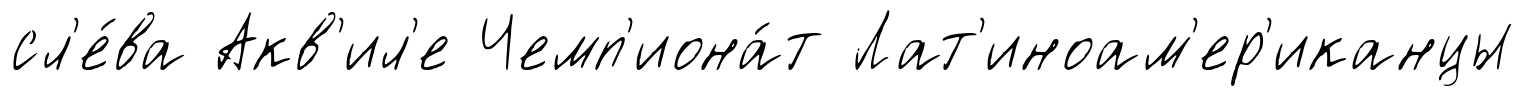
сл'е́ва Акв'ил'е Чемп'иона́т Лат'иноам'ер'иканцы